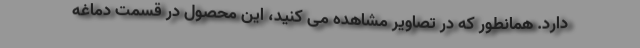
دارد. همانطور که در تصاویر مشاهده می کنید، این محصول در قسمت دماغه